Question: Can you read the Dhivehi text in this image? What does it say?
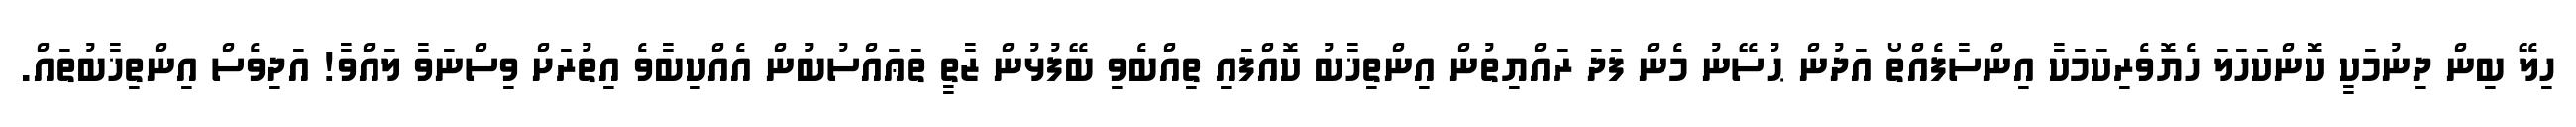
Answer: ހިލޭ ބިން ދިނުމަކީ ކޮންކަހަލަ ހެޔޮވެރިކަމަކާ އިންސާފެއްތޯ އަދުން ޙުސޭނު މެން ފަދަ ރައްޔިތުން އިންތިޚާބު ކޮއްފައި ތިއްބެވި ބޭފުޅުން ޒާތީ ތަޢައްސުބުން އެއްކިބާވެ އިތުރަށް ވިސްނަވާ ލައްވާ! އަދިވެސް އިންތިޚާބުތައް.